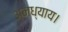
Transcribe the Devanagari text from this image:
अनध्याय।